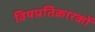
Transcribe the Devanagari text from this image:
विषप्रतिकारकों